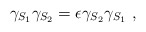
\begin{align*}\gamma_{S_1}\gamma_{S_2} = \epsilon \gamma_{S_2}\gamma_{S_1}~,\end{align*}